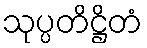
သုပ္ပတိဋ္ဌိတံ